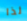
لذا